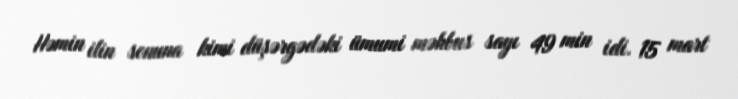
Həmin ilin sonuna kimi düşərgədəki ümumi məhbus sayı 49 min idi. 15 mart